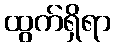
ထွက်ရှိရာ